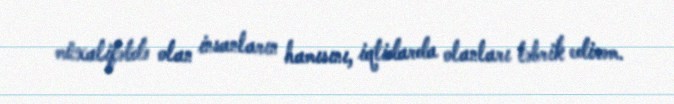
müxalifətdə olan insanların hamısını, iqtidarda olanları təbrik edirəm.